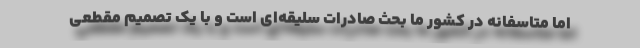
اما متاسفانه در کشور ما بحث صادرات سلیقه‌ای است و با یک تصمیم مقطعی